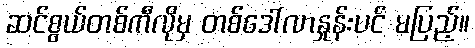
ဆင်စွယ်တစ်ကီလိုမှ တစ်ဒေါ်လာနှုန်းပင် မပြည့်။